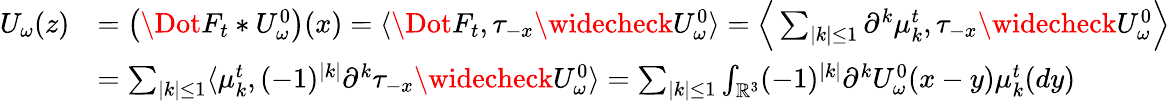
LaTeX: \begin{array}{rl}{U_{\omega}(z)}&{=\big(\Dot{F}_{t}*U_{\omega}^{0}\big)(x)=\langle\Dot{F}_{t},\tau_{-x}\widecheck{U}_{\omega}^{0}\rangle=\Big\langle\sum_{|k|\leq 1}\partial^{k}\mu_{k}^{t},\tau_{-x}\widecheck{U}_{\omega}^{0}\Big\rangle}\\ &{=\sum_{|k|\leq 1}\langle\mu_{k}^{t},(-1)^{|k|}\partial^{k}\tau_{-x}\widecheck{U}_{\omega}^{0}\rangle=\sum_{|k|\leq 1}\int_{\mathbb{R}^{3}}(-1)^{|k|}\partial^{k}U_{\omega}^{0}(x-y)\mu_{k}^{t}(dy)}\end{array}